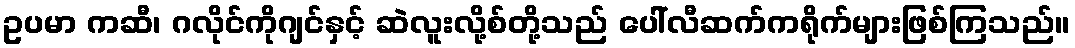
ဥပမာ ကဆီ၊ ဂလိုင်ကိုဂျင်နှင့် ဆဲလူးလို့စ်တို့သည် ပေါ်လီဆက်ကရိုက်များဖြစ်ကြသည်။